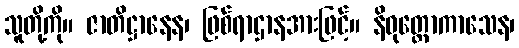
သူတို့ကို။ ဇာတိဋ္ဌာနေန၊ ဖြစ်ရာဌာနအားဖြင့်။ နိဝုတ္ထောကာသေန၊